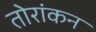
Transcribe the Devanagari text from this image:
तोरांकन